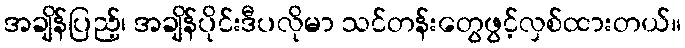
အချိန်ပြည့်၊ အချိန်ပိုင်းဒီပလိုမာ သင်တန်းတွေဖွင့်လှစ်ထားတယ်။